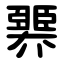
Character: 臩